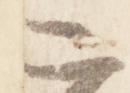
二